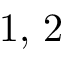
1 , \, 2